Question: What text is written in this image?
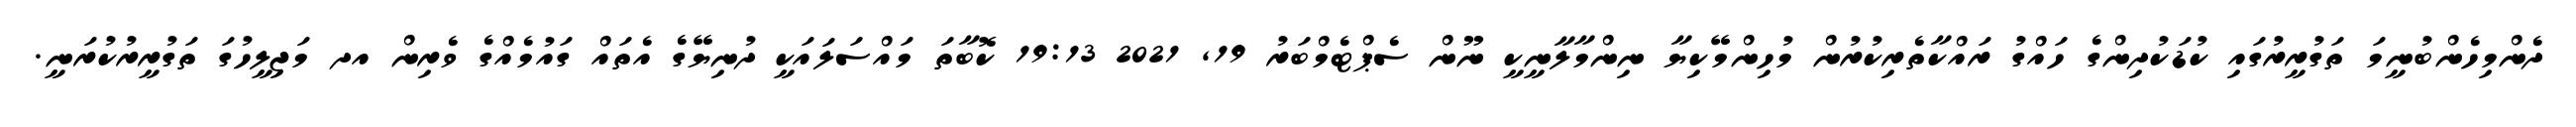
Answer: ދެންމިހެންބުނީމަ ތަގުރީރުގައި ކުޑަކުދިންގެ ހައްގު ރައްކާތެރިކުރުން މުހިންމޭކިޔާ ނިންމާލާނީކީ ނޫން ސެޕްޓެމްބަރު 19, 2021 19:13 ކޮބާތަ މައްސަލައަކީ ދުނިޔޭގެ އެތައް ގައުމެއްގެ ވެރިން އދ މަޖިލީހުގަ ތަގުރީރުކުރަނީ.